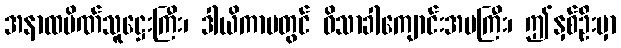
အနာထပိဏ်သူဋ္ဌေးကြီး၊ ဒါယိကာမတွင် ဝိသာခါကျောင်းအမကြီး၊ ဤနှစ်ဦးမှာ